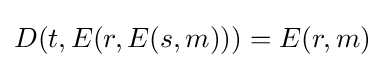
D(t,E(r,E(s,m)))=E(r,m)